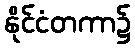
နိုင်ငံတကာ၌